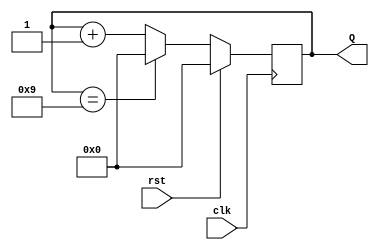
module decade_counter (
    input wire clk,      // Clock input
    input wire rst,      // Reset input
    output reg [3:0] Q   // 4-bit output for the counter value
);

// Synchronous reset and counting logic
always @(posedge clk) begin
    if (rst) begin
        Q <= 4'b0000;   // Reset the counter to 0
    end else begin
        if (Q == 4'b1001) begin
            Q <= 4'b0000; // Reset to 0 when count reaches 10 (binary 1010)
        end else begin
            Q <= Q + 1;   // Increment the counter
        end
    end
end

endmodule